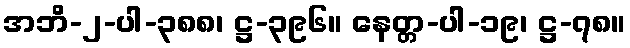
အဘိ-၂-ပါ-၃၈၈၊ ဋ္ဌ-၃၉၆။ နေတ္တ-ပါ-၁၉၊ ဋ္ဌ-၇၈။